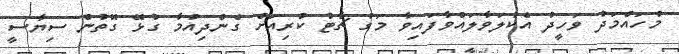
މުހައްމަދު ވަހީދު އެކުލަވާލައްވާފައިވާ މަގު ޗާޓު ކުރިއަށް ގެންދިއުމާ ގުޅޭ ގޮތުން ސިޔާސީ